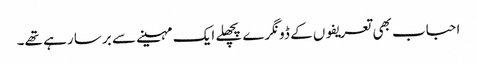
احباب بھی تعریفوں کے ڈونگرے پچھلے ایک مہینے سے برسا رہے تھے۔